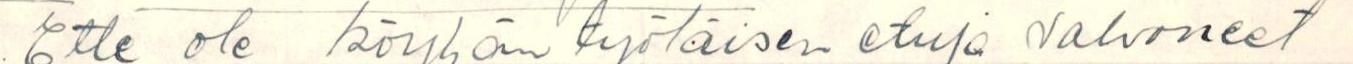
Ette ole köyhän työläisen etuja valvoneet